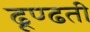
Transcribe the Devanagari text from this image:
ढूण्ढती